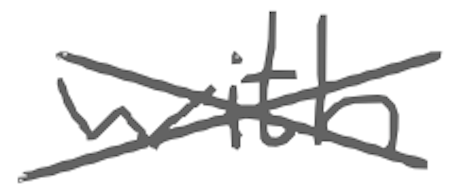
Text: with
Cross-out: cross
Writing tool: digital_gray